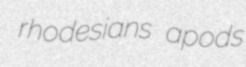
rhodesians apods